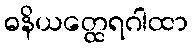
ဓနိယတ္ထေရဂါထာ